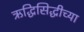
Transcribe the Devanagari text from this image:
ऋद्धिसिद्धीच्या